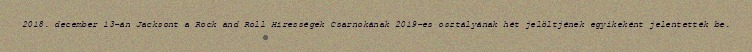
2018. december 13-án Jacksont a Rock and Roll Hírességek Csarnokának 2019-es osztályának hét jelöltjének egyikeként jelentették be.